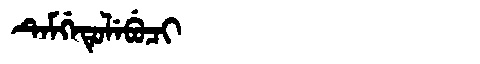
Manchu: ᡨᡝᠮᡤᡝᡨᡠᠯᡝᠪᡠᠴᡳ
Romanization: TEMGETULEBUCI